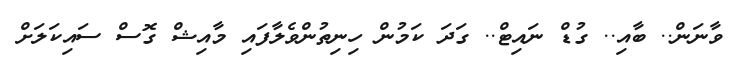
ވާނަން.. ބާއި.. ގުޑް ނައިޓް.. ގަދަ ކަމުން ހިނިތުންވެލާފައި މާއިޝް ގޮސް ސައިކަލަށް